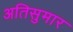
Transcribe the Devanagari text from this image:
अतिसुमार